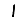
Digit: 1